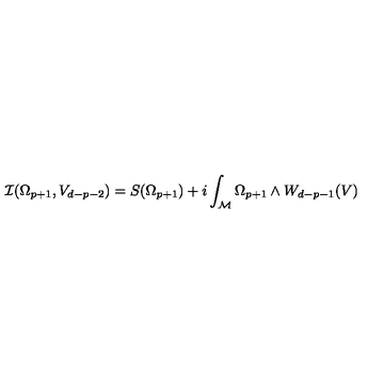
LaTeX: { \cal { I } } ( \Omega _ { p + 1 } , V _ { d - p - 2 } ) = S ( \Omega _ { p + 1 } ) + i \int _ { \cal { M } } \Omega _ { p + 1 } \wedge { } W _ { d - p - 1 } ( V ) { }